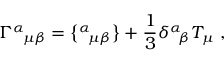
\Gamma ^ { \alpha } { } _ { \! \mu \beta } = \big \{ { } ^ { \alpha } { } _ { \! \mu \beta } \big \} + \frac { 1 } { 3 } \delta ^ { \alpha } { } _ { \! \beta } T _ { \mu } \; ,